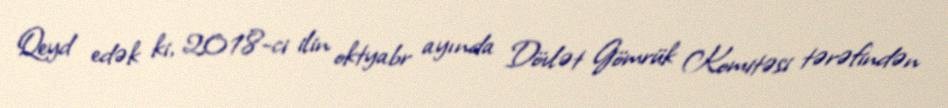
Qeyd edək ki, 2018-ci ilin oktyabr ayında Dövlət Gömrük Komitəsi tərəfindən